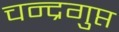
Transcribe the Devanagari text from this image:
चन्द्रगुप्त